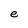
Character: e